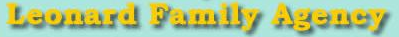
Leonard Family Agency